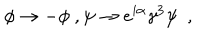
LaTeX: \phi \rightarrow - \phi \ , \psi \rightarrow e ^ { i \alpha } \gamma ^ { 3 } \psi \ \ ,